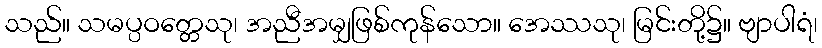
သည်။ သမပ္ပဝတ္တေသု၊ အညီအမျှဖြစ်ကုန်သော။ အေဿသု၊ မြင်းတို့၌။ ဗျာပါရံ၊